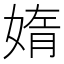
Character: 媠